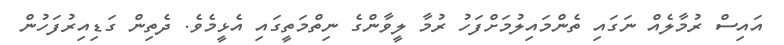
އައިސް ރުމާލެއް ނަގައި ތެންމައިލުމަށްފަހު ރުމާ ލީވާންގެ ނިތްމަތީގައި އެޅީމެވެ. ދެތިން ގަޑިއިރުފަހުން